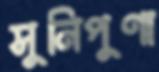
সুনিপুণা